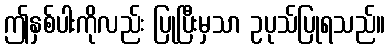
ဤနှစ်ပါးကိုလည်း ပြုပြီးမှသာ ဥပုသ်ပြုရသည်။